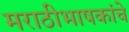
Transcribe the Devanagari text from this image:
मराठीभाषकांचे